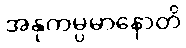
အနုကမ္ပမာနောတိ